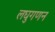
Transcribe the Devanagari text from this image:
लघुगणन